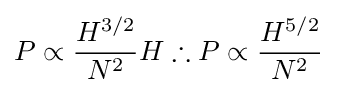
P\propto {\frac {H^{3/2}}{N^{2}}}H\therefore P\propto {\frac {H^{5/2}}{N^{2}}}